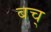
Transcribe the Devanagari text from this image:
बच्